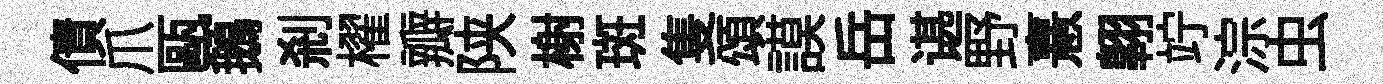
債爪甌鵝刹櫂瓣陕榭斑隻頌謨岳谌野憙翺竚淙虫